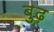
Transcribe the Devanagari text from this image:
बुढ़